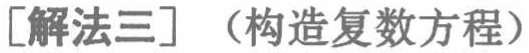
[解法三]（构造复数方程）